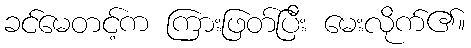
ခင်မေတင့်က ကြားဖြတ်ပြီး မေးလိုက်၏။